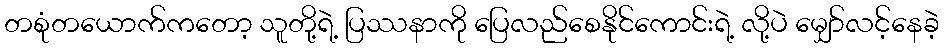
တစုံတယောက်ကတော့ သူတို့ရဲ့ ပြဿနာကို ပြေလည်စေနိုင်ကောင်းရဲ့ လို့ပဲ မျှော်လင့်နေခဲ့